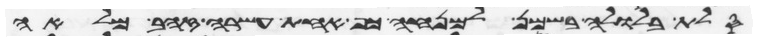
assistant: סלת בלולה בשמן למנחה כף אחת עשרה זהב מלאה